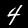
Label: 4